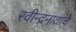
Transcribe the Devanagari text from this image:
रवीन्द्रनाथांचे